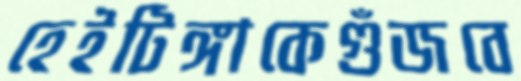
হেইটিঙ্গাকেগুঁজবে